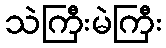
သဲကြီးမဲကြီး